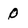
Character: 0